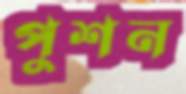
পুশন